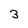
Character: 3